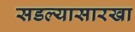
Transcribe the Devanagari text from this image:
सडल्यासारखा